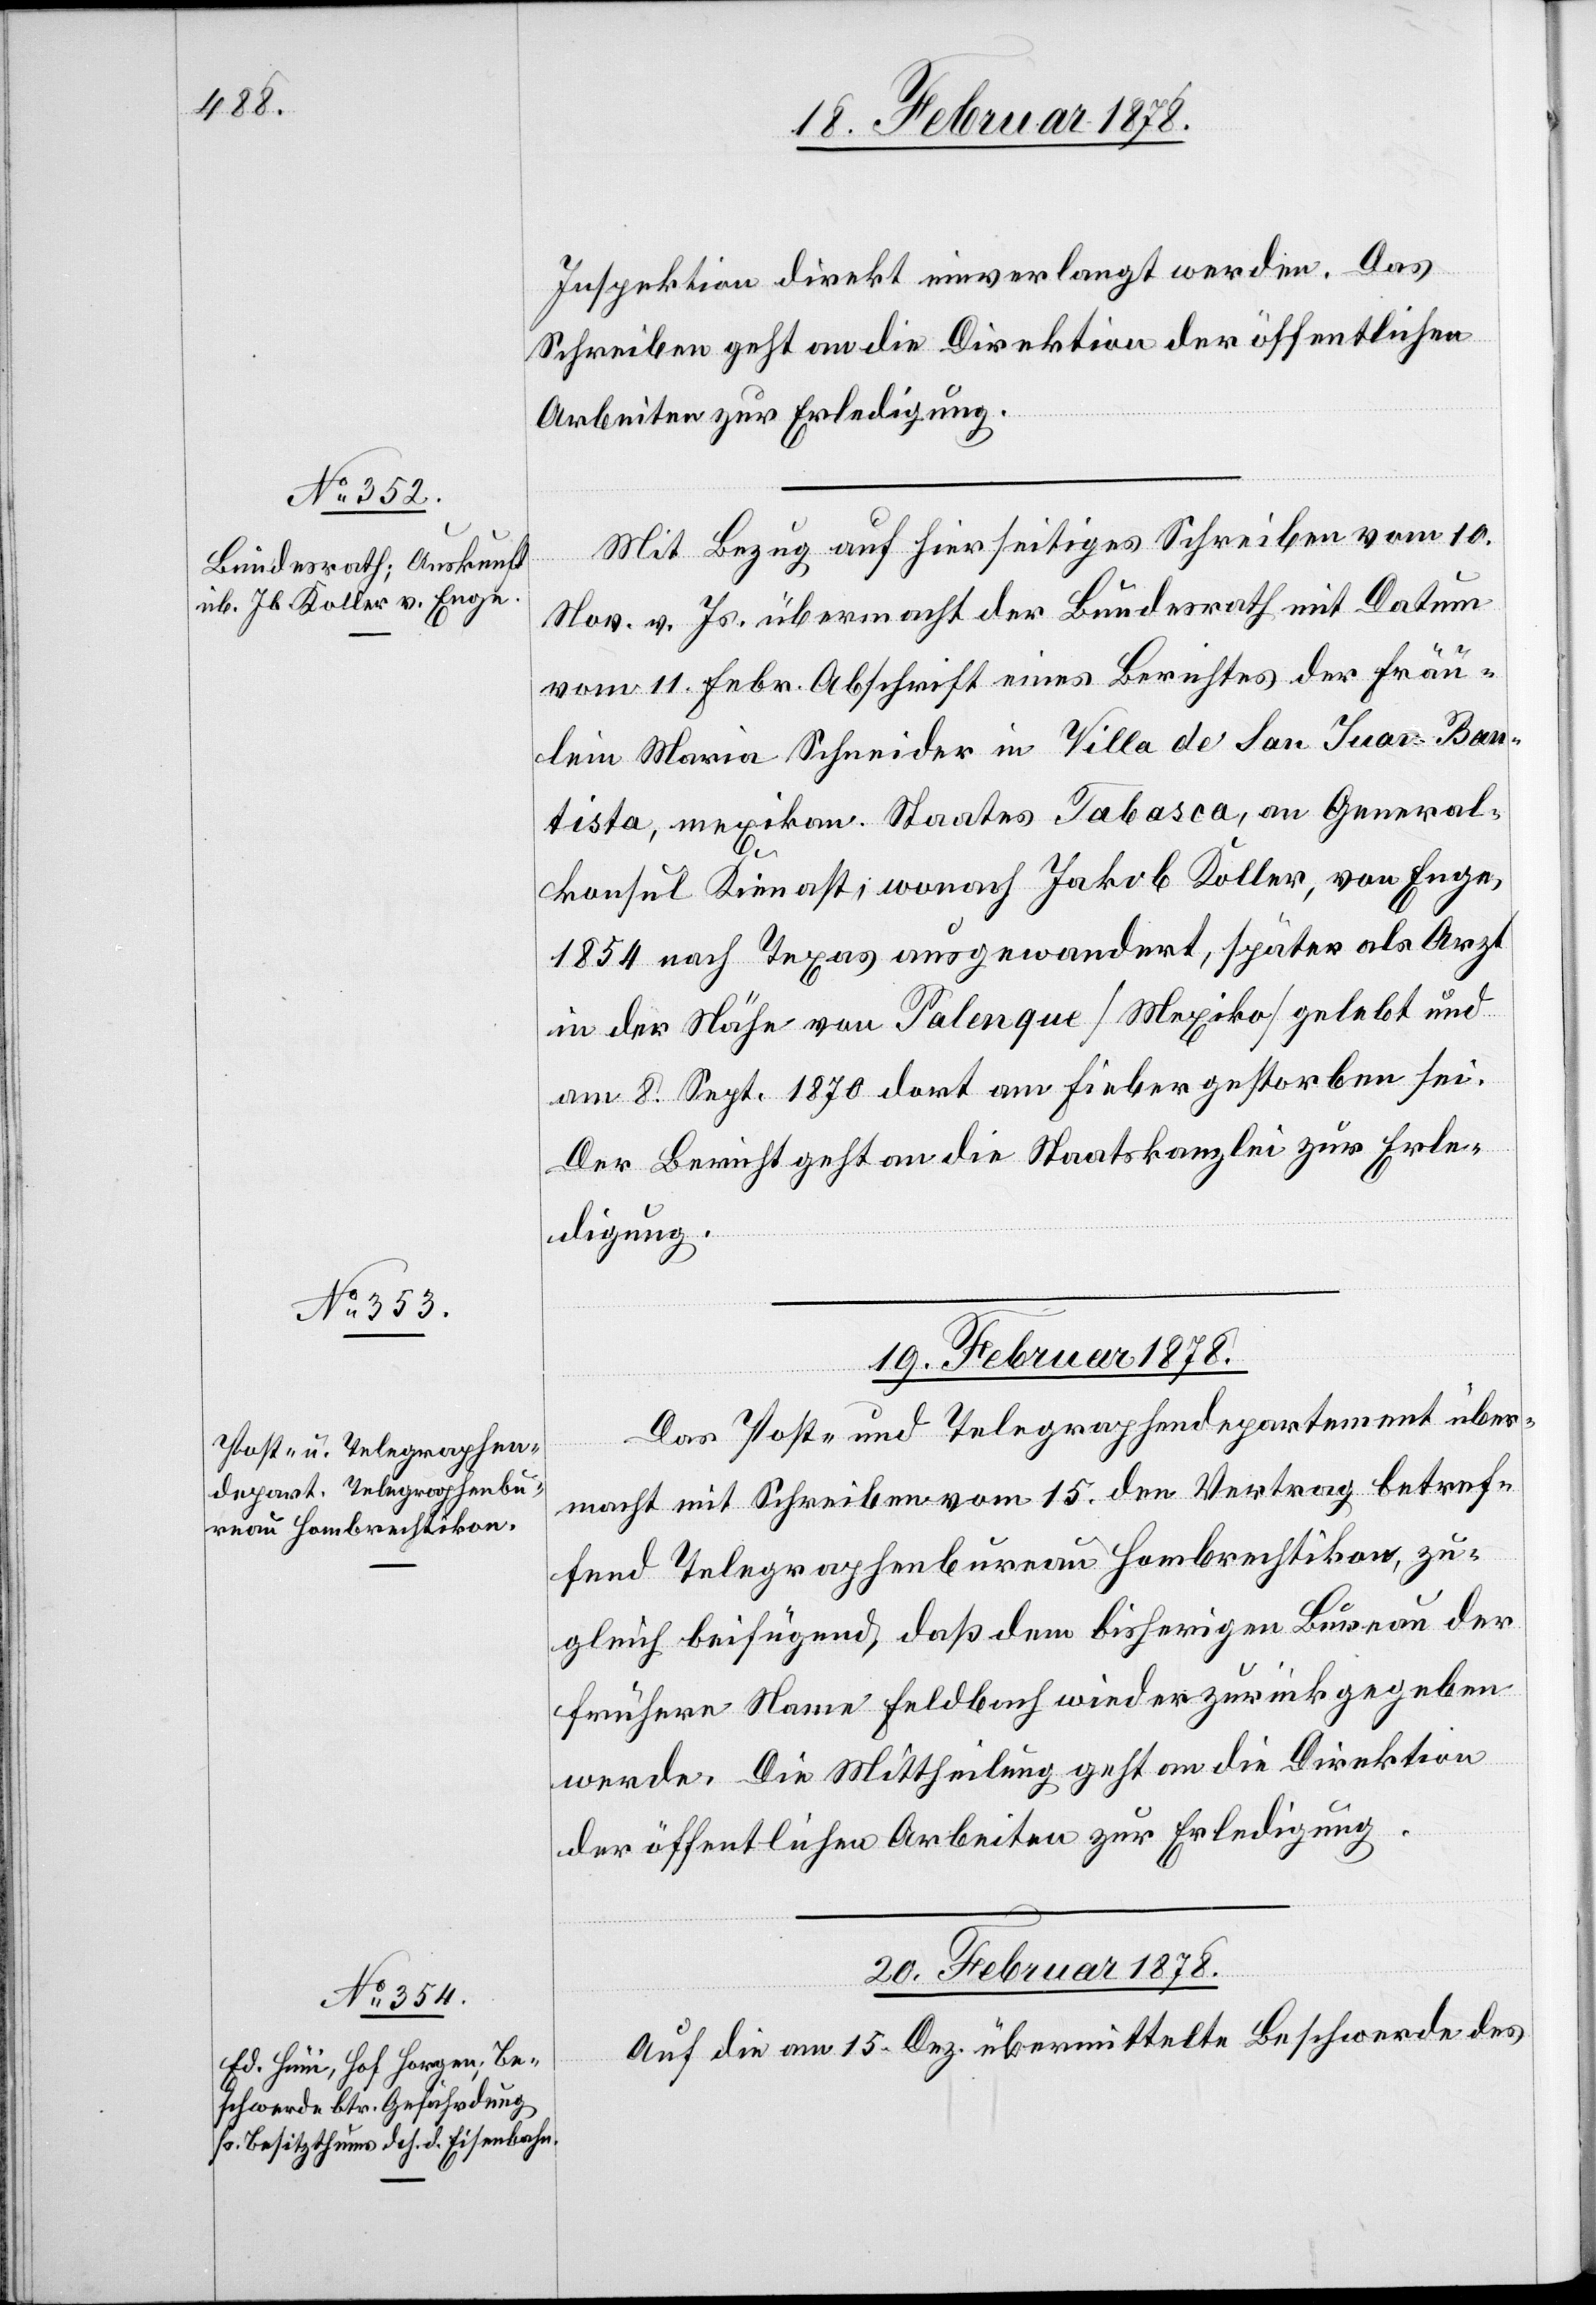
18. Februar 1878.]
Inspektion direkt einverlangt werden. Das
Schreiben geht an die Direktion der öffentlichen
Arbeiten zur Erledigung.
Mit Bezug auf hierseitiges Schreiben vom 10.
Nov. v. Js. übermacht der Bundesrath mit Datum
vom 11. Febr. Abschrift eines Berichtes der Fräu¬
lein Maria Schneider in Villa de San Juan-Bau¬
tista, mexikan. Staates Tabasca, an General¬
konsul Kienast; wonach Jakob Koller, von Enge,
1854 nach Texas ausgewandert, später als Arzt
in der Nähe von Palenque (Mexiko) gelebt und
am 8. Sept. 1870 dort am Fieber gestorben sei.
Der Bericht geht an die Staatskanzlei zur Erle¬
digung.
19. Februar 1878.
Das Post- und Telegraphendepartement über¬
macht mit Schreiben vom 15. den Vertrag betref¬
fend Telegraphenbureau Hombrechtikon, zu¬
gleich beifügend, daß dem bisherigen Bureau der
frühere Name Feldbach wieder zurückgegeben
werde. Die Mittheilung geht an die Direktion
der öffentlichen Arbeiten zur Erledigung.
20. Februar 1878.
Auf die am 15. Dez. übermittelte Beschwerde des